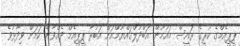
ޕީޕީއެމްގެ ކުުރީގެ ރައީސް މައުމޫން އަބްދުލްޤައްޔޫމްއަށް އަބުރާ ޕީޕީއެމް ދެއްވާނެ ކަމަށް ވިދާޅުވެ